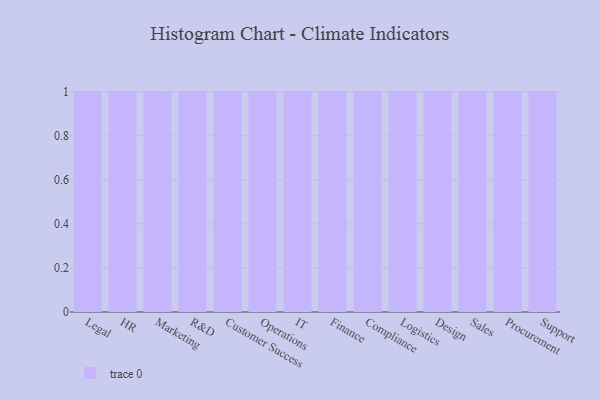
{"axis": {"x": "Department", "y": "Energy Usage (MWh)"}, "legend": [""], "data": [{"x": "Legal", "y": 42, "type": ""}, {"x": "HR", "y": 30, "type": ""}, {"x": "Marketing", "y": 42, "type": ""}, {"x": "R&D", "y": 72, "type": ""}, {"x": "Customer Success", "y": 75, "type": ""}, {"x": "Operations", "y": 49, "type": ""}, {"x": "IT", "y": 28, "type": ""}, {"x": "Finance", "y": 29, "type": ""}, {"x": "Compliance", "y": 68, "type": ""}, {"x": "Logistics", "y": 39, "type": ""}, {"x": "Design", "y": 2, "type": ""}, {"x": "Sales", "y": 31, "type": ""}, {"x": "Procurement", "y": 82, "type": ""}, {"x": "Support", "y": 60, "type": ""}]}